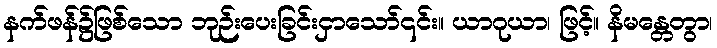
နက်ဖန်၌ဖြစ်သော ဘုဉ်းပေးခြင်းငှာသော်၎င်း။ ယာဂုယာ၊ ဖြင့်။ နိမန္တေတွာ၊